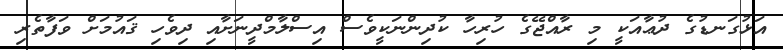
އަޅުގަނޑުގެ ދުޢާއަކީ މި ރާއްޖޭގެ ހުރިހާ ކުދިންނަކީވެސް އިސްލާމްދީނަށާއި ދިވެހި ޤައުމަށް ވަފާތެރި